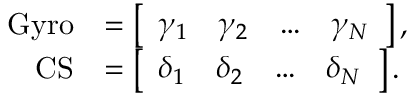
\begin{array} { r l } { \mathrm { G y r o } } & { = \left[ \begin{array} { l l l l } { \gamma _ { 1 } } & { \gamma _ { 2 } } & { \dots } & { \gamma _ { N } } \end{array} \right] , } \\ { \mathrm { C S } } & { = \left[ \begin{array} { l l l l } { \delta _ { 1 } } & { \delta _ { 2 } } & { \dots } & { \delta _ { N } } \end{array} \right] . } \end{array}